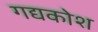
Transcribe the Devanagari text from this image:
गद्यकोश